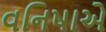
વનિષાએ